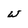
Character: w